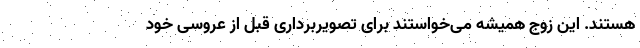
هستند. این زوج همیشه می‌خواستند برای تصویربرداری قبل از عروسی خود